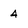
Character: 4